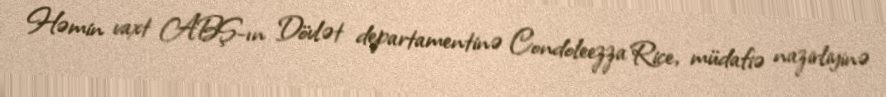
Həmin vaxt ABŞ-ın Dövlət departamentinə Condoleezza Rice, müdafiə nazirliyinə